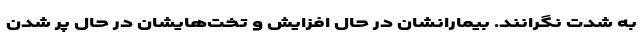
به شدت نگرانند. بیمارانشان در حال افزایش و تخت‌هایشان در حال پر شدن